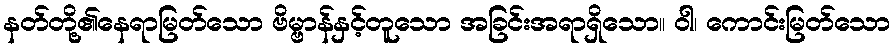
နတ်တို့၏နေရာမြတ်သော ဗိမ္ဗာန်နှင့်တူသော အခြင်းအရာရှိသော။ ဝါ၊ ကောင်းမြတ်သော